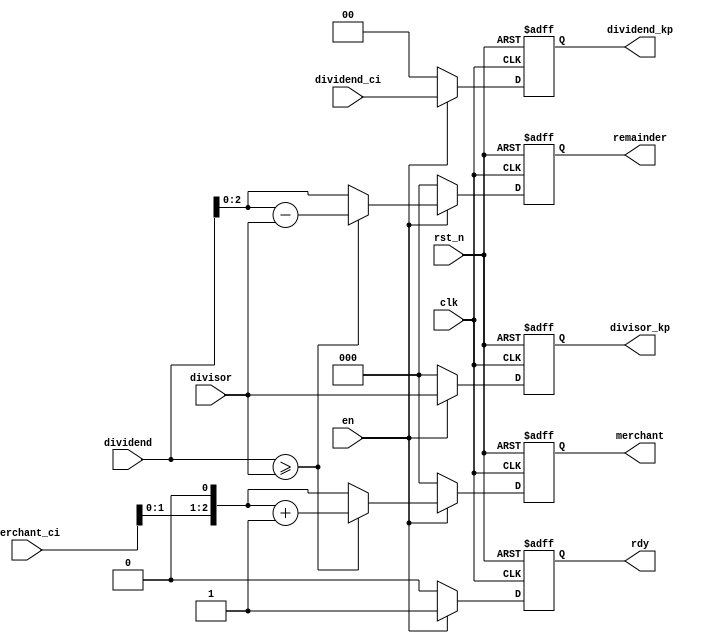
/**********************************************************
// Copyright @ 2021 H. All rights reserved
// Contact with e611hx@gmail.com
============================================================
>> Author   : H
>> Date     : 2021-11-19
>> Filename    : divider_cell.v
>> Modulename  : divider_cell
>> Description : 
>> Version  : 1.0
************************************************************/
module divider_cell
#(
    parameter N = 5,
    parameter M = 3
)
(
    // System Clock
    input        clk,
    input        rst_n,

    // User Interface
    input                   en,
    input   [M:0]           dividend,
    input   [M-1:0]         divisor,
    input   [N-M:0]         merchant_ci,
    input   [N-M-1:0]       dividend_ci,

    output  reg [N-M-1:0]   dividend_kp,
    output  reg [M-1:0]     divisor_kp,
    output  reg             rdy,
    output  reg [N-M:0]     merchant,
    output  reg [M-1:0]     remainder
);

    always @(posedge clk or negedge rst_n ) begin
        if(!rst_n)begin
            divisor_kp  <= 'b0;
            dividend_kp <= 'b0;
            merchant    <= 'b0;
            remainder   <= 'b0;
            rdy         <= 1'b0;
        end
        else if (en) begin
            rdy         <= 1'b1;
            dividend_kp <= dividend_ci;
            divisor_kp  <= divisor;
            // remainder   <= (dividend >= {1'b0, divisor}) ? (dividend - {1'b0, divisor}) : dividend;
            // merchant    <= (merchant_ci << 1) + (dividend > {1'b0, divisor}) ? 1'b1 : 1'b0;
            if (dividend >= {1'b0, divisor}) begin
                merchant <= (merchant_ci << 1) + 1'b1;
                remainder<= dividend - {1'b0, divisor};
            end
            else begin
                merchant <= merchant_ci << 1;
                remainder<= dividend;
            end
        end
        else begin
            divisor_kp  <= 'b0;
            dividend_kp <= 'b0;
            merchant    <= 'b0;
            remainder   <= 'b0;
            rdy         <= 1'b0;
        end
    end

endmodule